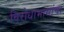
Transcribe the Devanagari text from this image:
विरोधाभासांचा